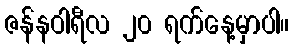
ဇန်နဝါရီလ ၂၀ ရက်နေ့မှာပါ။